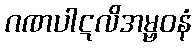
ဂဏပါဋလိအမ္ဗဝနံ